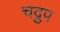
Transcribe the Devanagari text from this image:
चद्रुप